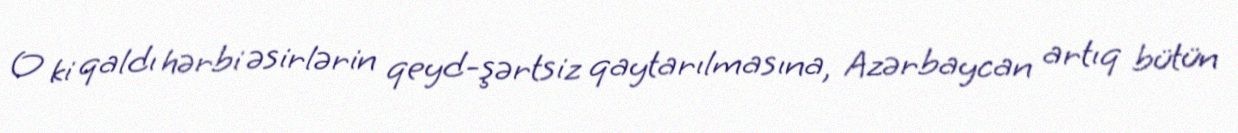
O ki qaldı hərbi əsirlərin qeyd-şərtsiz qaytarılmasına, Azərbaycan artıq bütün